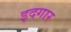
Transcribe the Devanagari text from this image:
इदगार